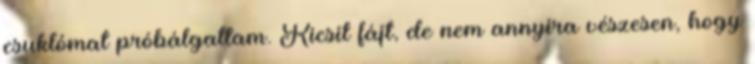
csuklómat próbálgattam. Kicsit fájt, de nem annyira vészesen, hogy